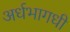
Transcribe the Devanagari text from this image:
अर्धभागधी